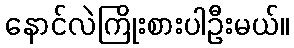
နောင်လဲကြိုးစားပါဦးမယ်။